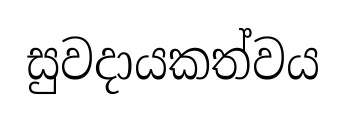
සුවදායකත්වය